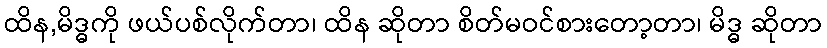
ထိန,မိဒ္ဓကို ဖယ်ပစ်လိုက်တာ၊ ထိန ဆိုတာ စိတ်မဝင်စားတော့တာ၊ မိဒ္ဓ ဆိုတာ